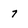
Character: 7